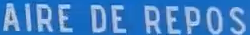
AIRE DE REPOS